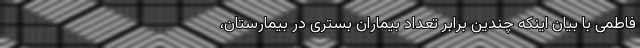
فاطمی با بیان اینکه چندین برابر تعداد بیماران بستری در بیمارستان،